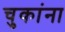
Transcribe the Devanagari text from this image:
चुकांना